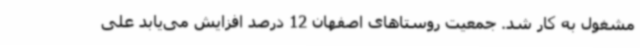
مشغول به کار شد. جمعیت روستاهای اصفهان 12 درصد افزایش می‌یابد علی